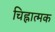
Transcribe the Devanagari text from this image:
चिह्नात्मक